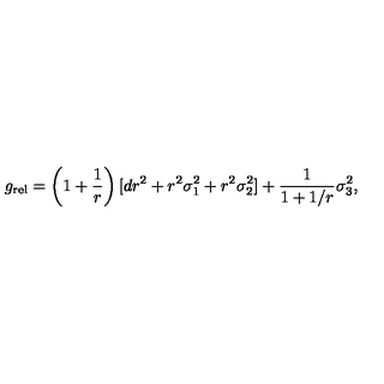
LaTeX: { g } _ { \mathrm { r e l } } = \left( 1 + \frac { 1 } { r } \right) [ d r ^ { 2 } + r ^ { 2 } \sigma _ { 1 } ^ { 2 } + r ^ { 2 } \sigma _ { 2 } ^ { 2 } ] + \frac { 1 } { 1 + 1 / r } \sigma _ { 3 } ^ { 2 } ,